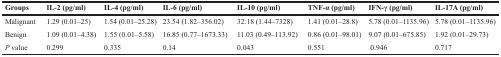
| Groups | IL-2 (pg/ml) | IL-4 (pg/ml) | IL-6 (pg/ml) | IL-10 (pg/ml) | TNF-α (pg/ml) | IFN-γ (pg/ml) | IL-17A (pg/ml) |
 | --- | --- | --- | --- | --- | --- | --- | --- |
 | Malignant | 1.29 (0.01–25) | 1.54 (0.01–25.28) | 23.54 (1.82–356.02) | 32.18 (1.44–7328) | 1.41 (0.01–28.8) | 5.78 (0.01–1135.96) | 5.78 (0.01–1135.96) |
 | Benign | 1.09 (0.01–4.38) | 1.55 (0.01–5.58) | 16.85 (0.77–1673.33) | 11.03 (0.49–113.92) | 0.86 (0.01–98.01) | 9.07 (0.01–675.85) | 1.92 (0.01–29.73) |
 | P value | 0.299 | 0.335 | 0.14 | 0.043 | 0.551 | 0.946 | 0.717 |